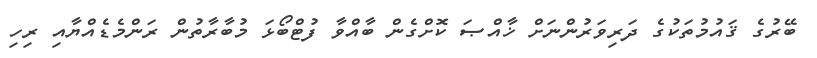
ބޭރުގެ ޤައުމުތަކުގެ ދަރިވަރުންނަށް ޚާއްޞަ ކޮށްގެން ބާއްވާ ފުޓްބޯޅަ މުބާރާތުން ރަންމެޑެއްޔާއި ރިހި